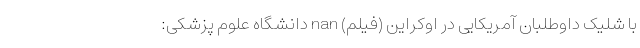
با شلیک داوطلبان آمریکایی در اوکراین (فیلم) nan دانشگاه علوم پزشکی: